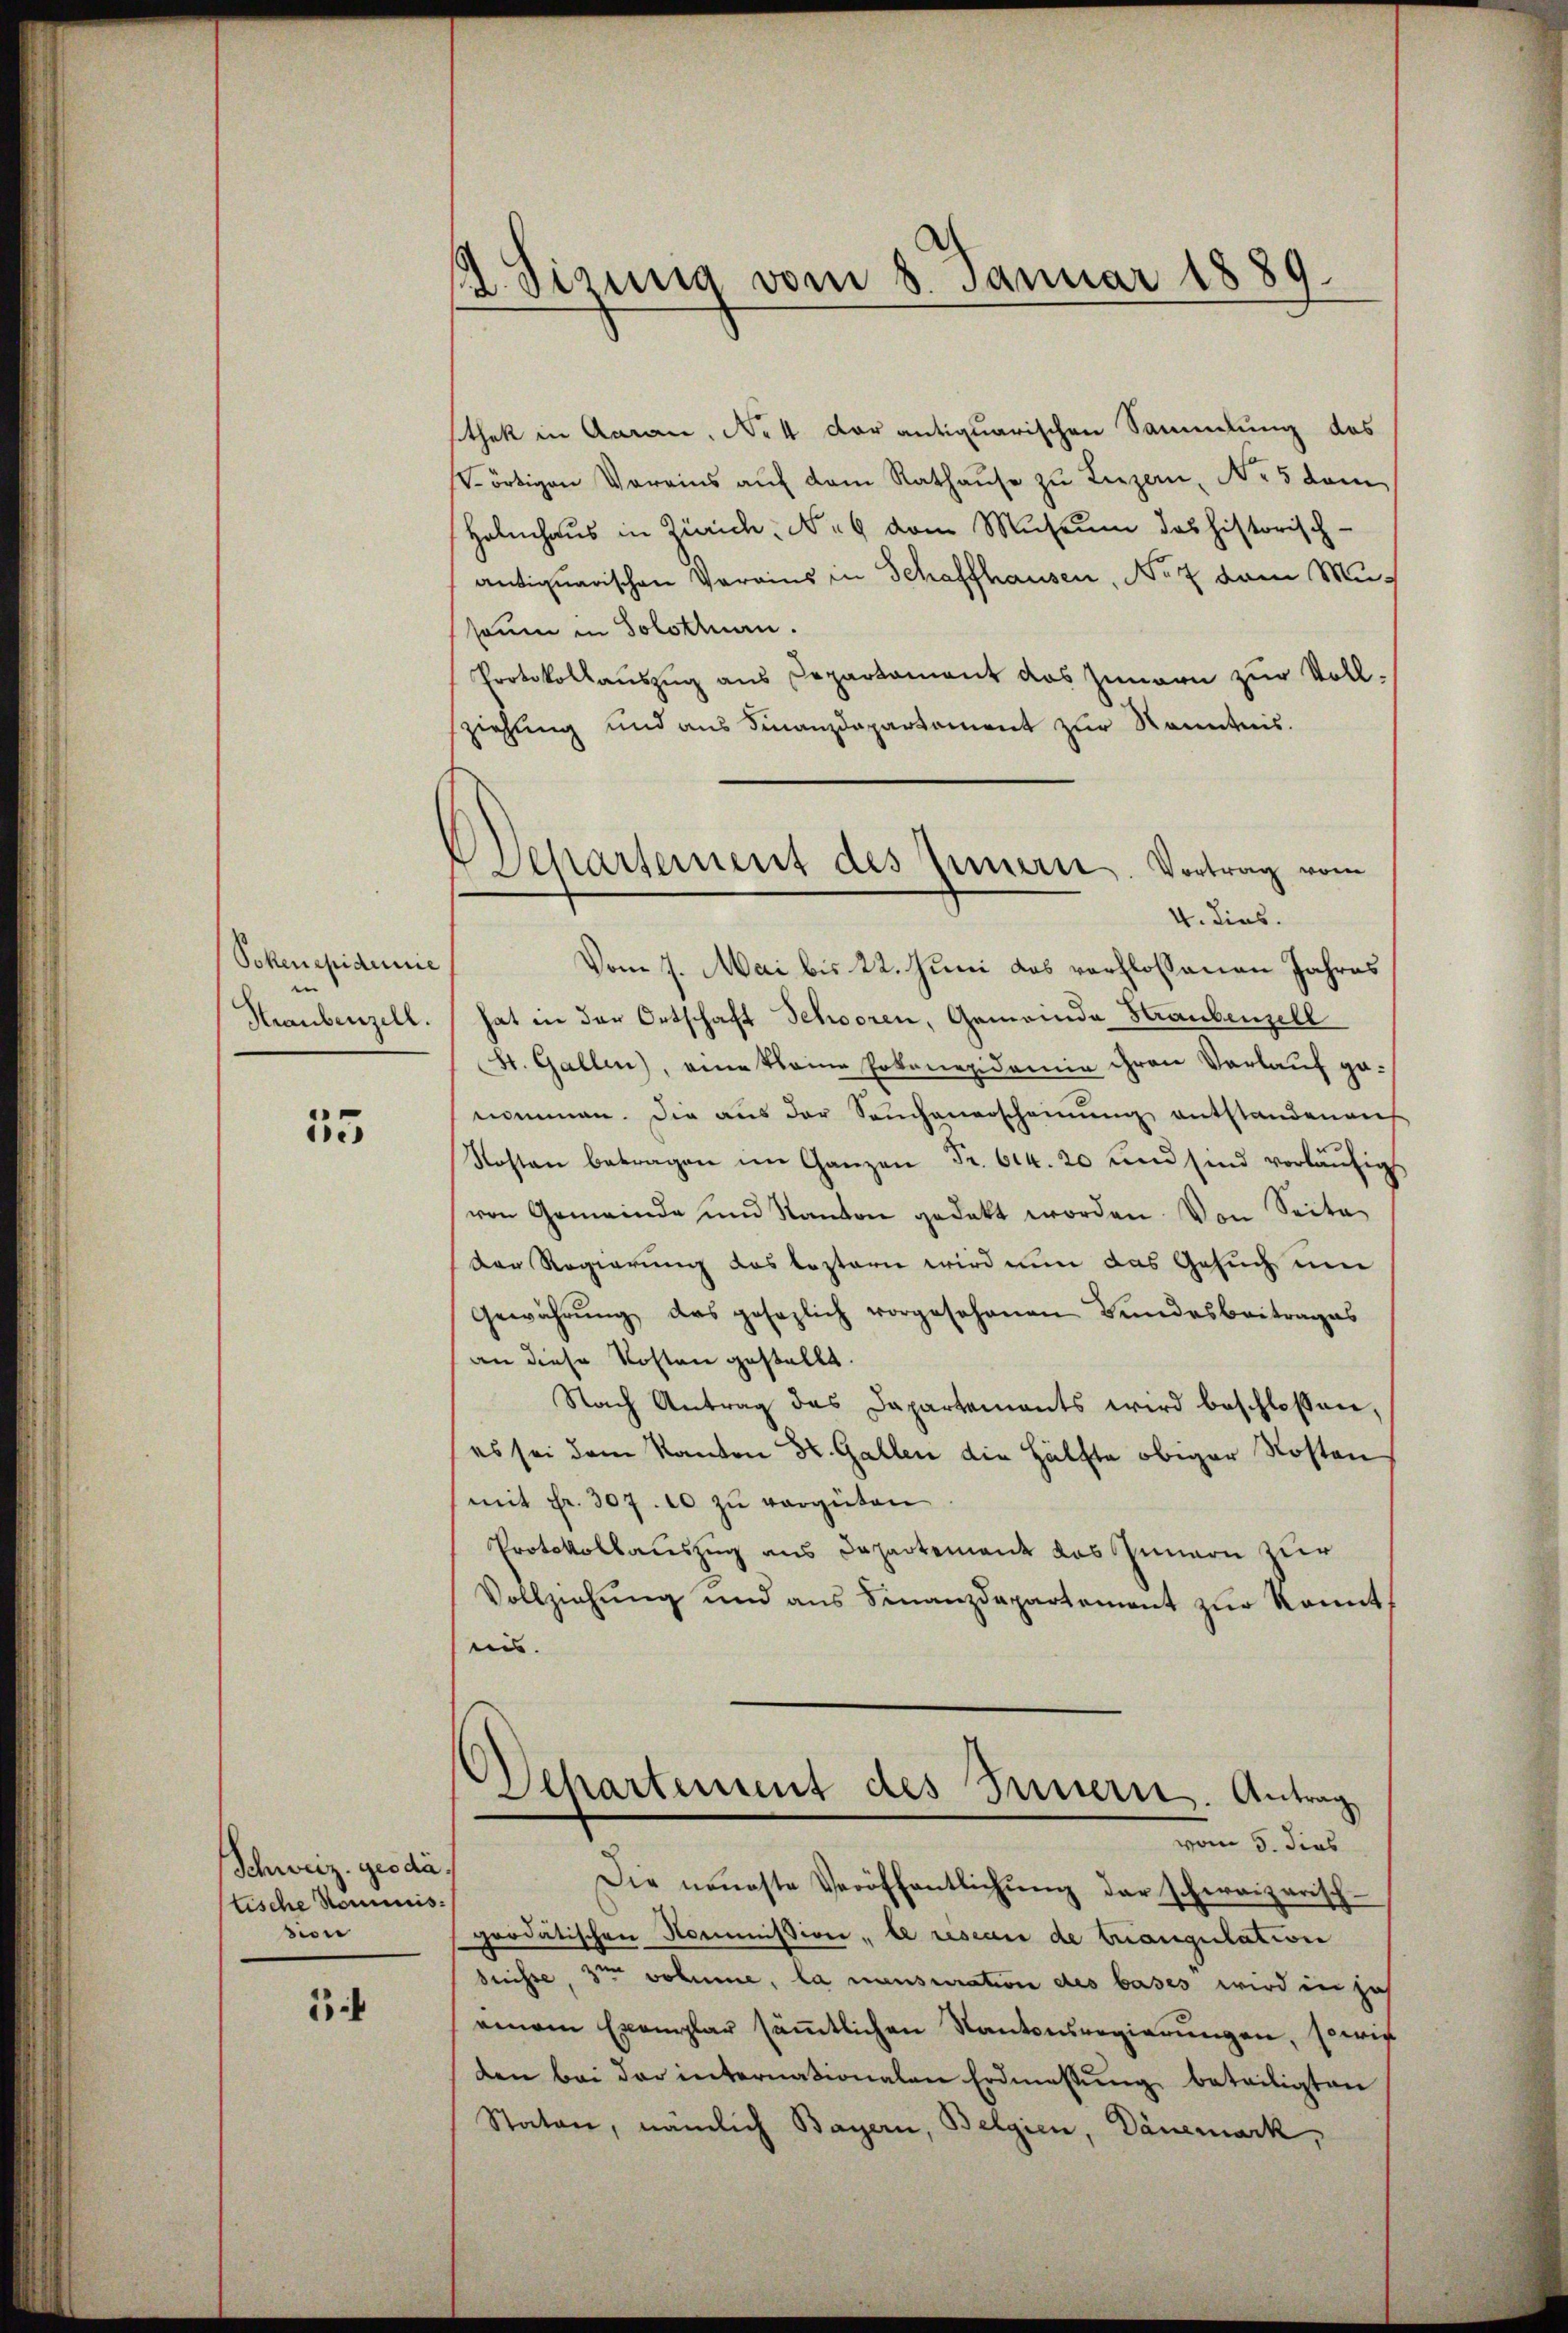
Pokenepidemie
Straubenzell.

55

Schweiz. geoda
tische Nominisdion

1

2. Sizung vom 8. Januar 1889.

Aparsement des Innern. Vortrag vom
4. dies.

sthek in Aarau, No 4 darantiquarischen Sammlung des
Vörtigen Vereins aŭf dem Rathaŭse zu Luzern, No 5 dem
Helmhaus in Zürich, No 6 vom Museum das historisch
antiquarischen Vereins in Schaffhausen, No 7 vom Musonen in Solothurn.
Protokollauszug aus Departament das Zimern zur Vollziehung und aus Finanzdepartement zur Kenntnis.
Vom 7. Mai bis 22. Juni das verflossenen Jahres
hat in der Ortschaft Schooren, Gemeinde Straubensell
St. Gallen), eine kleine Pokanepidemie ihren Vorlauf genommen. Die aus der Seuchenerscheinung entstandenens
Kosten betragen im Ganzen Fr. 614. 20 und sind vorläufig
von Gemeinde und Kanton gedekt worden. Von Seite
Der Regierung das leztern wird nun das Gesuch um
Gewährŭng des gesezlich vorgesehenen Bundesbeitrages
an diese Kosten gestellt.
Nach Antrag des Dapartements wird beschlossen,
es sei dem Kanton St. Gallen die Hälfte obiger Kosten
mit Fr. 307. 10 zu vergüten
Protokollauszug aus Departement das Innern zur
Vollziehŭng und ans Finanzdepartement zur konnt
suis.
Departement des Innern. Antrag
vom 5. dies
Die neueste Veröffentlichŭng der schweizerisch-
poodatischen Kommission , le resian de trangulation
bnisse, 3ten volume, la mansuration des bases wird in ja
einem Exemplar säṁtlichen Kantonsregierŭngen, sowie
den bei der internationalen Erdmassŭng beteiligten
Staten, nämlich Bayern, Belgien, Dänemark,